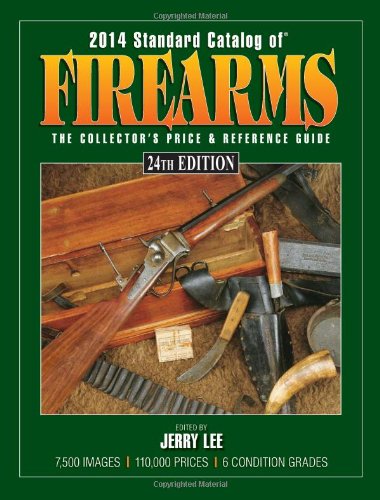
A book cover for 2014 Standard Catalog of Firearms: The Collector's Price & Reference Guide; Reference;